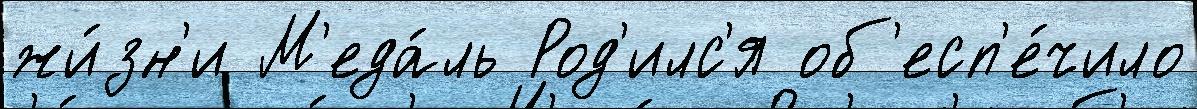
жи́зн'и М'еда́ль Род'илс'я об'есп'е́чило